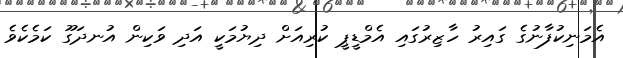
އެމަނިކުފާނުގެ ގައިރު ހާޒިރުގައި އެމްޑީޕީ ކުރިއަށް ދިޔުމަކީ އަދި ވަކިން އުނދަގޫ ކަމެކެވެ